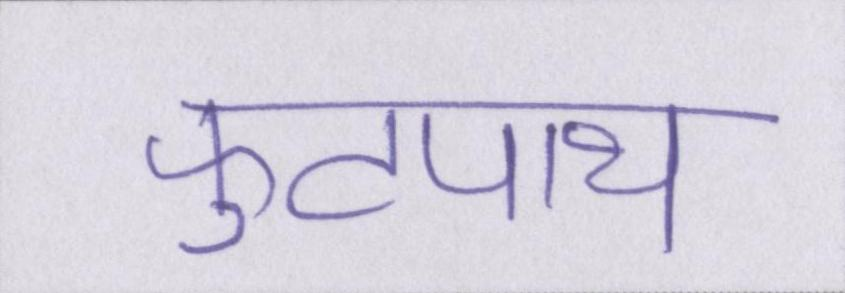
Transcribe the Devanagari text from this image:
फुटपाथ